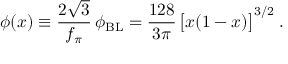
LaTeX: \phi ( x ) \equiv \frac { 2 \sqrt { 3 } } { f _ { \pi } } \, \phi _ { \mathrm { B L } } = \frac { 1 2 8 } { 3 \pi } \, \big [ x ( 1 - x ) \big ] ^ { 3 / 2 } \; .